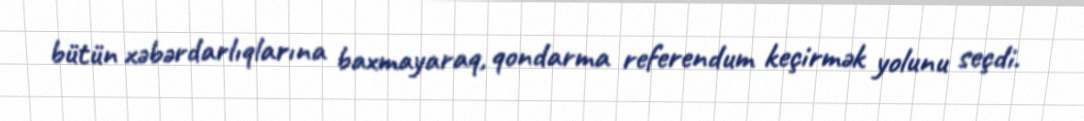
bütün xəbərdarlıqlarına baxmayaraq, qondarma referendum keçirmək yolunu seçdi.